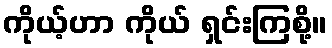
ကိုယ့်ဟာ ကိုယ် ရှင်းကြစို့။